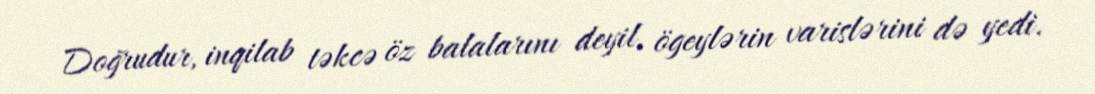
Doğrudur, inqilab təkcə öz balalarını deyil, ögeylərin varislərini də yedi.